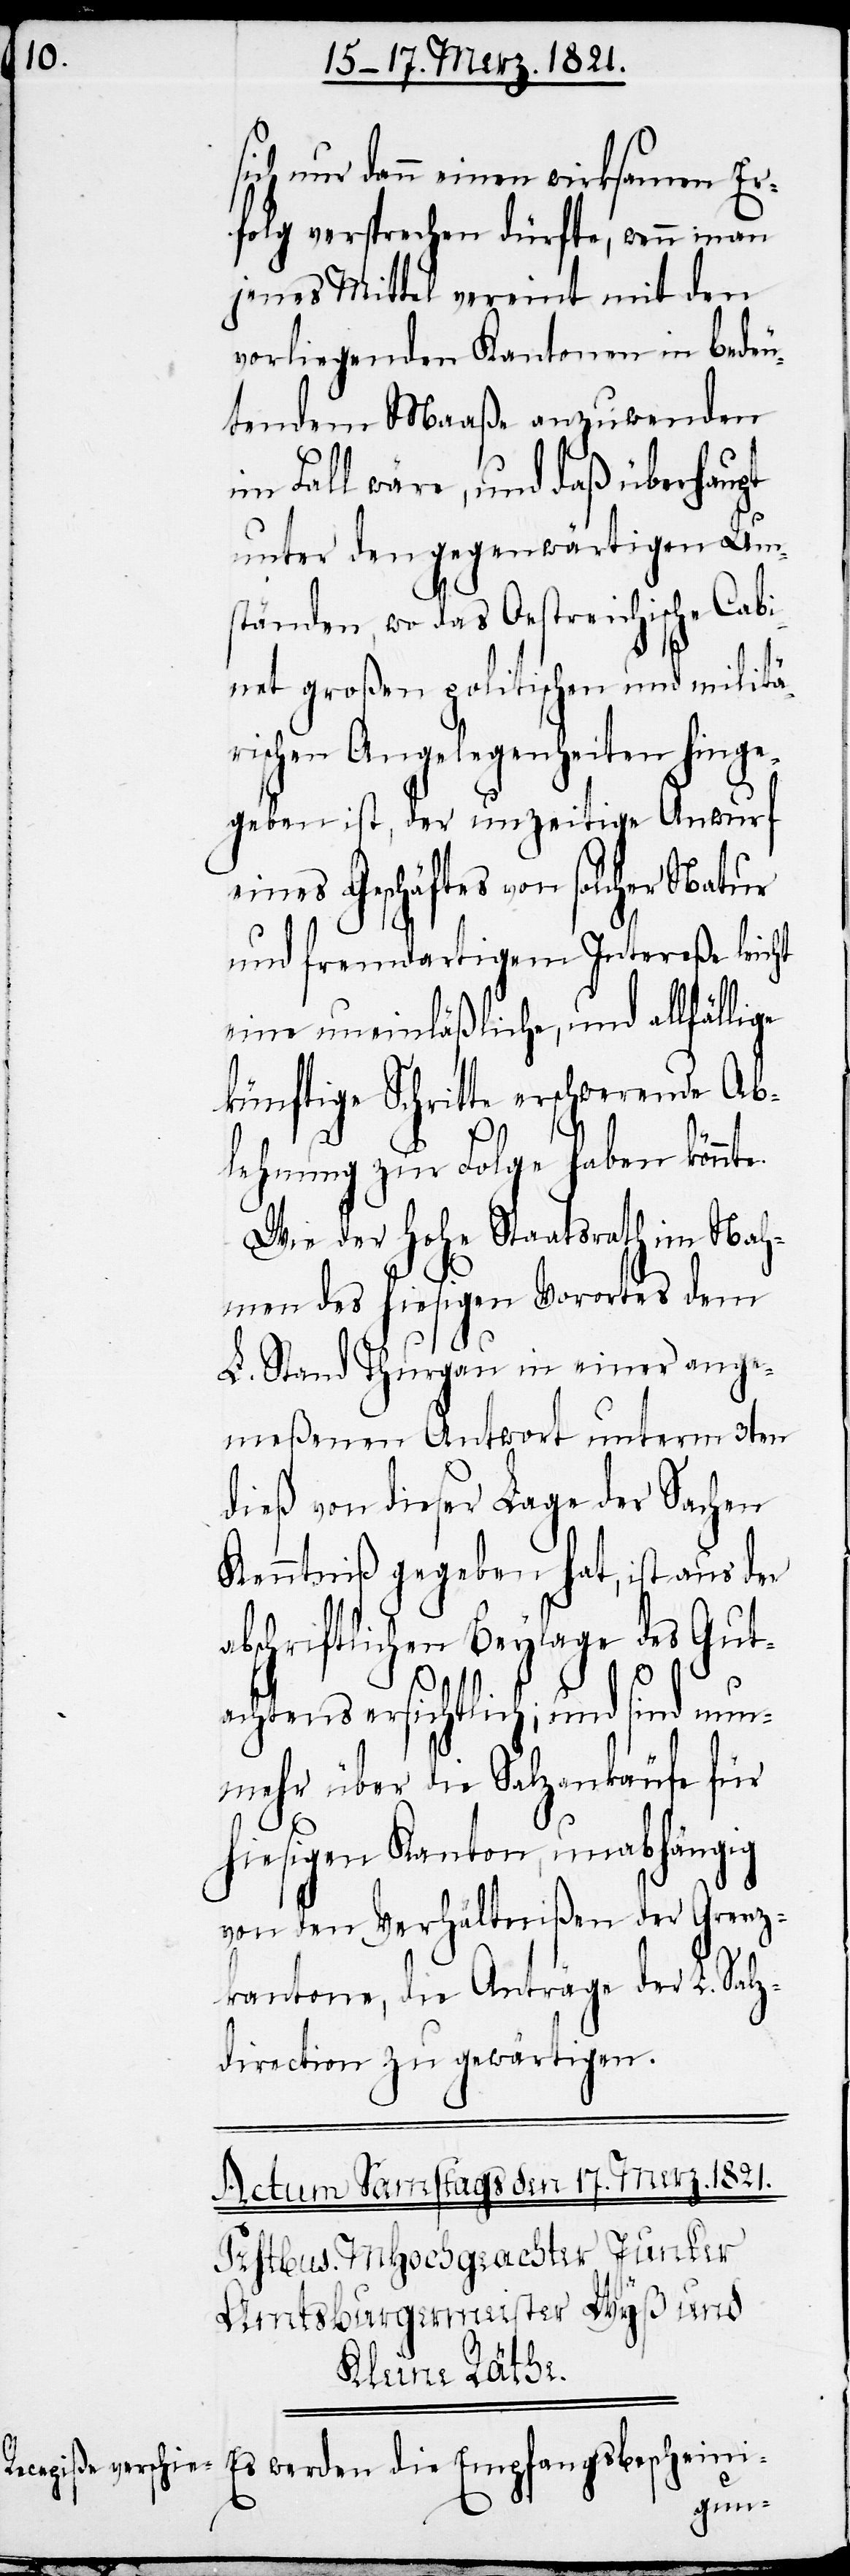
a¬

sich nur dann einen wirksamen Er¬
folg versprechen dürfte, wenn man
jenes Mittel vereint mit den
vorliegenden Kantonen in bedeu¬
tendem Maaße anzuwenden
im Fall wäre, und daß überhaupt
unter den gegenwärtigen Um¬
ständen, wo das Oestreichische Cabi¬
net großen politischen und militä¬
rischen Angelegenheiten hinge¬
geben ist, der unzeitige Auswurf
eines Geschäfts von solcher Natur
und fremdartigem Intereße leicht
eine uneinläßliche, und allfällige
künftige Schritte erschwerende Ab¬
lehnung zu Folge haben könn¬
Wie der hohe Staatsrath im Nah¬
men des hiesigen Vorortes dem
L. Stand Thurgau in einer ange¬
meßenen Antwort unter 3ten
dieß von dieser Lage der Sache
Kenntniß gegeben hat, ist aus der
bschriftlichen Beylage des Gut¬
achtens ersichtlich; und sind
nunmehr über die Salzankkäufe für
hiesigen Kanton, unabhängig
von den Verhältnißen der Grenz¬
kantone, die Anträge der L. Salz¬
direction zu gewärtigen.